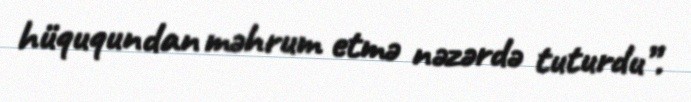
hüququndan məhrum etmə nəzərdə tuturdu”.